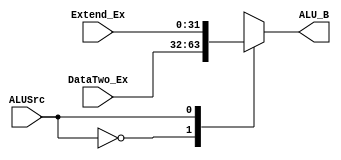
module Mux2 (
  input wire ALUSrc,
	input wire [31:0] Extend_Ex,DataTwo_Ex,	
	output reg [31:0] ALU_B);

always @(*)
	 begin
		case (ALUSrc)
			0: ALU_B <= DataTwo_Ex ;
			1: ALU_B <= Extend_Ex;
		endcase
	end

endmodule